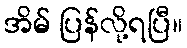
အိမ် ပြန်လို့ရပြီ။